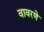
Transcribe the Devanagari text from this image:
वावरणे